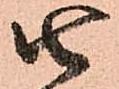
由